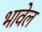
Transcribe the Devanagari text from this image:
भावेल